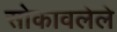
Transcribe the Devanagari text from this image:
सोकावलेले